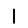
Digit: 1